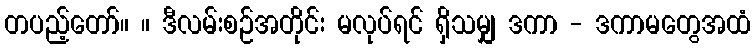
တပည့်တော်။ ။ ဒီလမ်းစဉ်အတိုင်း မလုပ်ရင် ရှိသမျှ ဒကာ - ဒကာမတွေအထံ